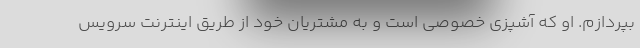
بپردازم. او که آشپزی خصوصی است و به مشتریان خود از طریق اینترنت سرویس